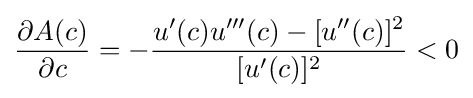
{\frac {\partial A(c)}{\partial c}}=-{\frac {u'(c)u'''(c)-[u''(c)]^{2}}{[u'(c)]^{2}}}<0